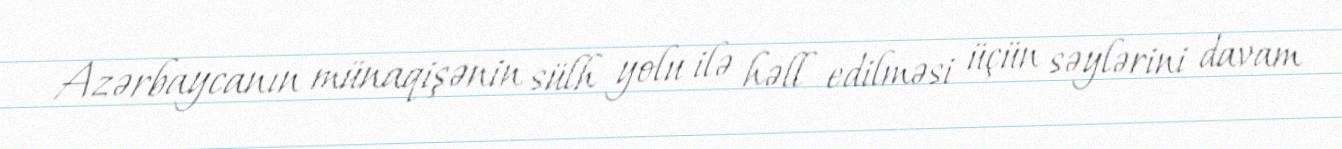
Azərbaycanın münaqişənin sülh yolu ilə həll edilməsi üçün səylərini davam